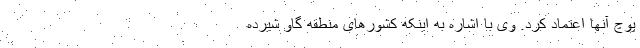
پوچ آنها اعتماد کرد. وی با اشاره به اینکه کشورهای منطقه گاو شیرده